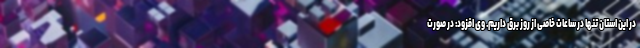
در این استان تنها در ساعات خاصی از روز برق داریم. وی افزود: در صورت